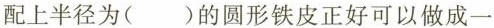
配上半径为( )的圆形铁皮正好可以做成一